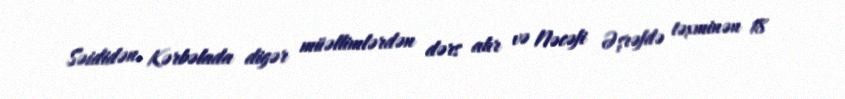
Səididən, Kərbəlada digər müəllimlərdən dərs alır və Nəcəfi Əşrəfdə təxminən 18